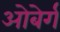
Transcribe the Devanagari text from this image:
ओबेर्ग